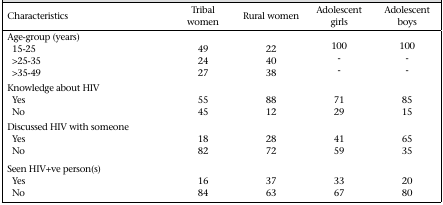
<table><thead><tr><td><b>Characteristics</b></td><td><b>Tribal women</b></td><td><b>Rural women</b></td><td><b>Adolescent girls</b></td><td><b>Adolescent boys</b></td></tr></thead><tbody><tr><td colspan="5">Age-group (years)</td></tr><tr><td>15-25</td><td>49</td><td>22</td><td>100</td><td>100</td></tr><tr><td>&gt;25-35</td><td>24</td><td>40</td><td>-</td><td>-</td></tr><tr><td>&gt;35-49</td><td>27</td><td>38</td><td>-</td><td>-</td></tr><tr><td colspan="5">Knowledge about HIV</td></tr><tr><td>Yes</td><td>55</td><td>88</td><td>71</td><td>85</td></tr><tr><td>No</td><td>45</td><td>12</td><td>29</td><td>15</td></tr><tr><td colspan="5">Discussed HIV with someone</td></tr><tr><td>Yes</td><td>18</td><td>28</td><td>41</td><td>65</td></tr><tr><td>No</td><td>82</td><td>72</td><td>59</td><td>35</td></tr><tr><td>Seen HIV+ve person(s)</td></tr><tr><td>Yes</td><td>16</td><td>37</td><td>33</td><td>20</td></tr><tr><td>No</td><td>84</td><td>63</td><td>67</td><td>80</td></tr></tbody></table>